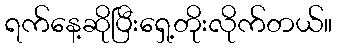
ရက်နေ့ဆိုပြီးရှေ့တိုးလိုက်တယ်။